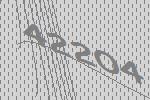
42204